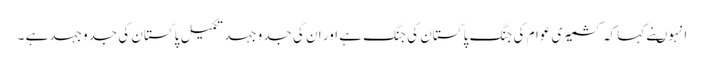
انہوںنے کہا کہ کشمیری عوام کی جنگ پاکستان کی جنگ ہے اور ان کی جدوجہد تکمیل پاکستان کی جدوجہد ہے ۔